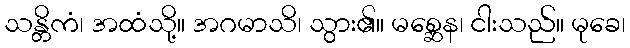
သန္တိကံ၊ အထံသို့။ အဂမာသိ၊ သွား၏။ မစ္ဆေန၊ ငါးသည်။ မုခေ၊